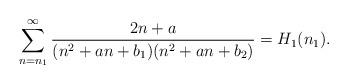
LaTeX: \begin{align*}\sum_{n=n_1}^{\infty}\frac{2n+a}{(n^2+a n+b_1)(n^2+a n+b_2)}=H_1(n_1).\end{align*}